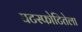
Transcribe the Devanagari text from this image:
घटस्फोटितेला